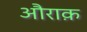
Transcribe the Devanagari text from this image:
औराक़